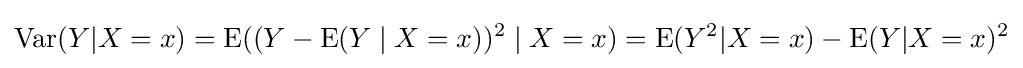
\operatorname {Var} (Y|X=x)=\operatorname {E} ((Y-\operatorname {E} (Y\mid X=x))^{2}\mid X=x)=\operatorname {E} (Y^{2}|X=x)-\operatorname {E} (Y|X=x)^{2}